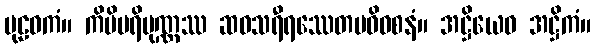
ပုဠဝကံ။ ကိမိပရိပုဏ္ဏဿ ဆဝသရီရဿေတမဓိဝစနံ။ အဋ္ဌိယေဝ အဋ္ဌိကံ။